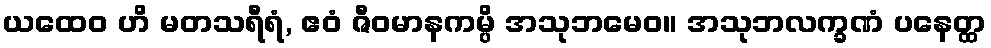
ယထေဝ ဟိ မတသရီရံ, ဧဝံ ဇီဝမာနကမ္ပိ အသုဘမေဝ။ အသုဘလက္ခဏံ ပနေတ္ထ